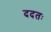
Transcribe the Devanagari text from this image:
ददतः